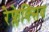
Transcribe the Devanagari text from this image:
रेफ्लेक्सिव